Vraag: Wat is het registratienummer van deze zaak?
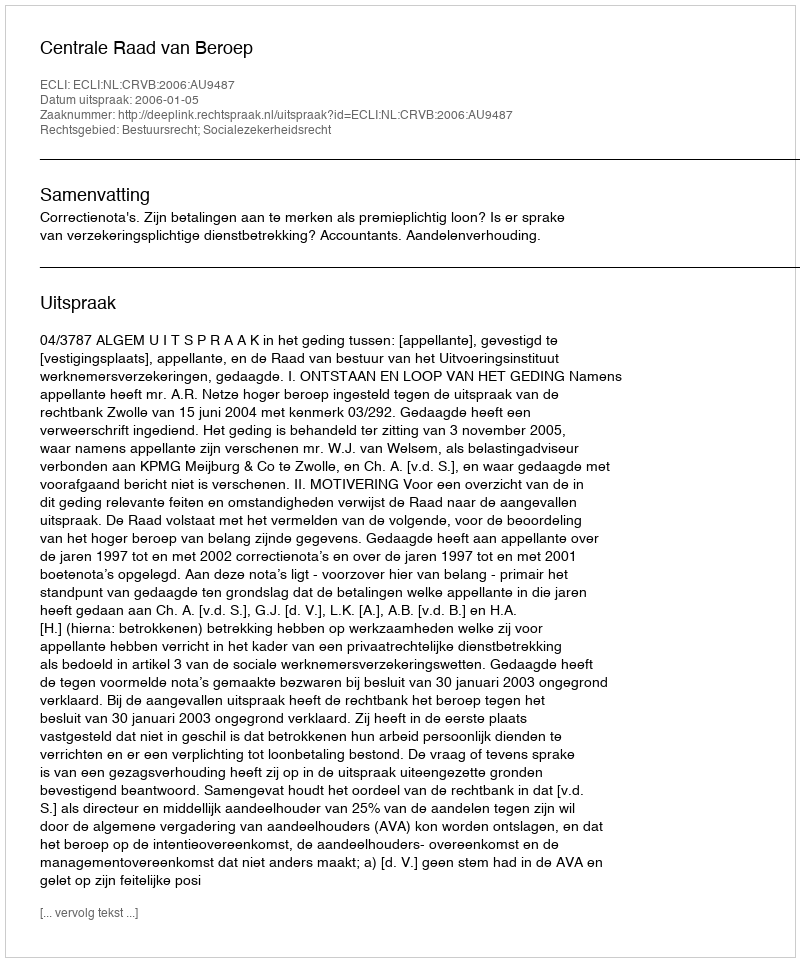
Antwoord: http://deeplink.rechtspraak.nl/uitspraak?id=ECLI:NL:CRVB:2006:AU9487